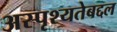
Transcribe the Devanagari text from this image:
अस्पृश्यतेबद्दल